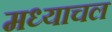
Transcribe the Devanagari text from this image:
मध्याचल